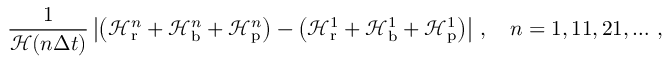
\frac { 1 } { \mathcal H ( n \Delta t ) } \left| \left( \mathcal H _ { \mathrm { r } } ^ { n } + \mathcal H _ { \mathrm { b } } ^ { n } + \mathcal H _ { \mathrm { p } } ^ { n } \right) - \left( \mathcal H _ { \mathrm { r } } ^ { 1 } + \mathcal H _ { \mathrm { b } } ^ { 1 } + \mathcal H _ { \mathrm { p } } ^ { 1 } \right) \right| \, , \quad n = 1 , 1 1 , 2 1 , \hdots \, ,